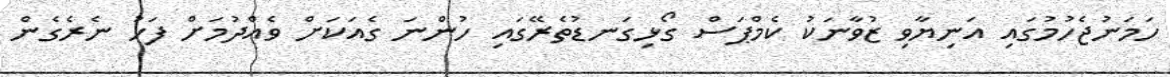
ހަމަނުޖެހުމުގައި އަނިޔާވި ޒުވާނަކު ކެމްޕަސް ގޯޅިގަނޑުތެރޭގައި ހުންނަ ގެއަކަށް ވެއްދުމަށް ފަހު ނެރެގެން